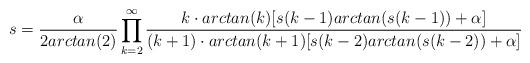
LaTeX: \begin{align*}s=\frac{\alpha}{2arctan(2)}\prod_{k=2}^{\infty}{\frac{k\cdot{arctan(k)}[s(k-1)arctan(s(k-1))+\alpha]}{(k+1)\cdot{arctan(k+1)}[s(k-2)arctan(s(k-2))+\alpha]}}\end{align*}